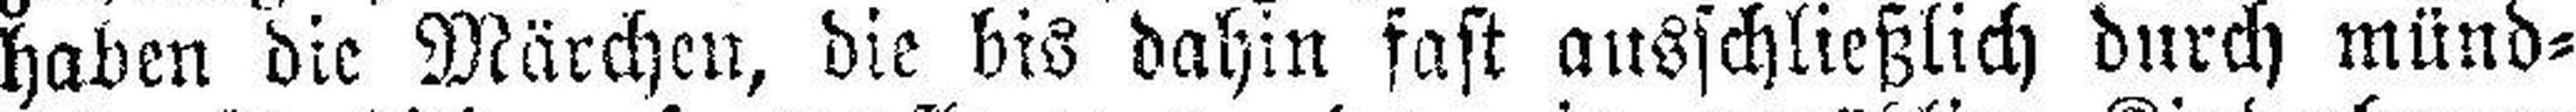
haben die Märchen, die bis dahin fast ausschließlich durch münd¬